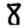
Digit: 8